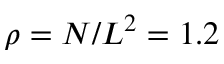
\rho = N / L ^ { 2 } = 1 . 2